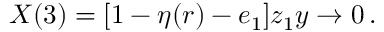
X ( 3 ) = [ 1 - \eta ( r ) - e _ { 1 } ] z _ { 1 } y \to 0 \, .